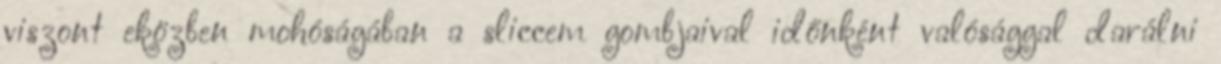
viszont eközben mohóságában a sliccem gombjaival időnként valósággal darálni